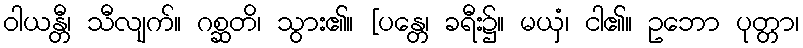
ဝါယန္တီ၊ သီလျက်။ ဂစ္ဆတိ၊ သွား၏။ [ပန္တေ၊ ခရီး၌။ မယှံ၊ ငါ၏။ ဥဘော ပုတ္တာ၊